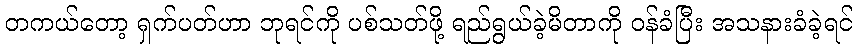
တကယ်တော့ ရှက်ပတ်ဟာ ဘုရင်ကို ပစ်သတ်ဖို့ ရည်ရွယ်ခဲ့မိတာကို ဝန်ခံပြီး အသနားခံခဲ့ရင်